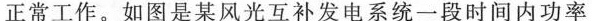
正常工作。如图是某风光互补发电系统一段时间内功率